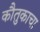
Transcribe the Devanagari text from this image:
कौतुकाचा